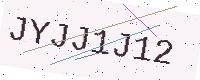
Text: JYJJ1J12